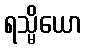
ရသ္မိယော